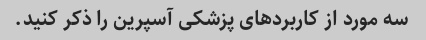
سه مورد از کاربردهای پزشکی آسپرین را ذکر کنید.